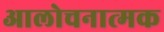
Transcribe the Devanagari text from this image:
आलोचनात्‍मक